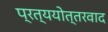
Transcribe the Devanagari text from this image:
प्रत्ययोत्तरवाद